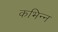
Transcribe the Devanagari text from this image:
कभिन्न